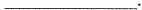
___。